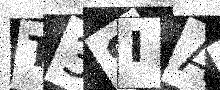
Text: T3SIA7